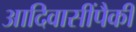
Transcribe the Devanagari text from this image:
आदिवासींपैकी